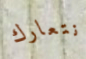
نتعارك